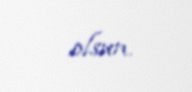
olsun.